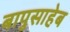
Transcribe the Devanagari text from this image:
बापुसाहेब